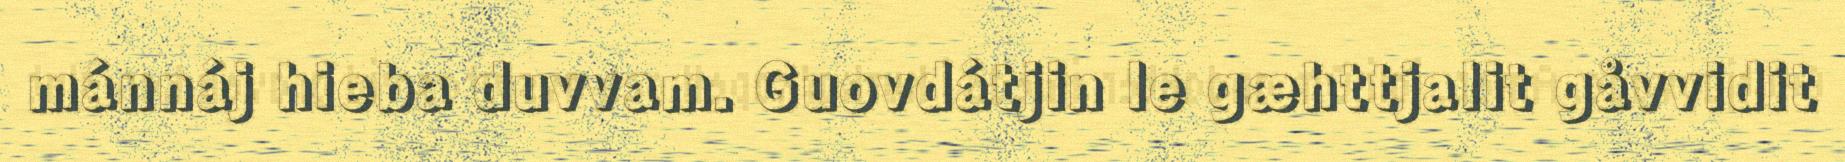
mánnáj hieba duvvam. Guovdátjin le gæhttjalit gåvvidit